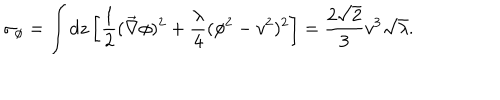
LaTeX: \sigma _ { \phi } = \int d z \left[ \frac { 1 } { 2 } ( \vec { \nabla } \phi ) ^ { 2 } + \frac { \lambda } { 4 } ( \phi ^ { 2 } - v ^ { 2 } ) ^ { 2 } \right] = \frac { 2 \sqrt { 2 } } { 3 } v ^ { 3 } \sqrt { \lambda } .